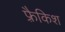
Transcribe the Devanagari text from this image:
फ़्रैकिश